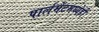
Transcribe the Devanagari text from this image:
पार्लमेंटमध्येही